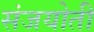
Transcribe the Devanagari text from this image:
संजयोती